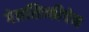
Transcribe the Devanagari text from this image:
गेलसिन्कीचेन